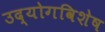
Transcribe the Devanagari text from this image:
उद्योगविशेष